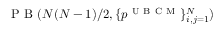
\mathrm { ~ P ~ B ~ } ( N ( N - 1 ) / 2 , \{ p ^ { \mathrm { ~ U ~ B ~ C ~ M ~ } } \} _ { i , j = 1 } ^ { N } )